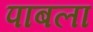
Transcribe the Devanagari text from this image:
पाबला